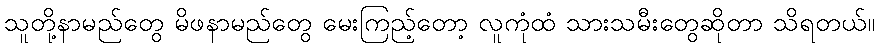
သူတို့နာမည်တွေ မိဖနာမည်တွေ မေးကြည့်တော့ လူကုံထံ သားသမီးတွေဆိုတာ သိရတယ်။